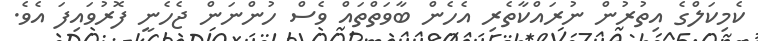
ކެމިކަލްްގެ އިތުރުން ނުރައްކާތެރި އެހެން ބާވަތްތައް ވެސް ހުންނަން ޖެހެނީ ފޮރުވައިފަ އެވެ.